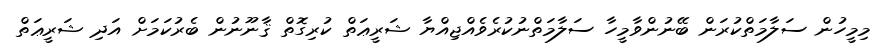
މިމީހުން ސަލާމަތްކުރަން ބޭނުންވާމީހާ ސަލާމަތްނުކުރެވެއްޖިއްޔާ ޝަރީޢަތް ކުރިގޮތް ޤާނޫނުން ބެރުކަމަށް އަދި ޝަރީޢަތް